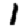
Digit: 1